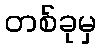
တစ်ခုမှ